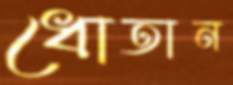
ধোতান